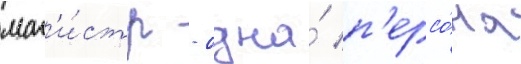
маг'и́стр - одна́ п'ерсо́на